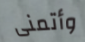
وأتمنى